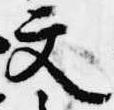
文